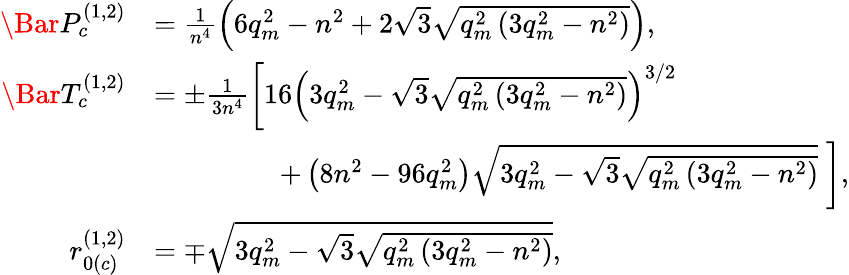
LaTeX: \begin{array}{rl}{\Bar{P}_{c}^{(1,2)}}&{=\frac{1}{n^{4}}\left(6q_{m}^{2}-n^{2}+2\sqrt{3}\sqrt{q_{m}^{2}\left(3q_{m}^{2}-n^{2}\right)}\right),}\\ {\Bar{T}_{c}^{(1,2)}}&{=\pm\frac{1}{3n^{4}}\left[16\left(3q_{m}^{2}-\sqrt{3}\sqrt{q_{m}^{2}\left(3q_{m}^{2}-n^{2}\right)}\right)^{3/2}\right.}\\ &{\; \; \; \; \; \; \; \; \; \; \; \; \; \; \; \; \left.+\left(8n^{2}-96q_{m}^{2}\right)\sqrt{3q_{m}^{2}-\sqrt{3}\sqrt{q_{m}^{2}\left(3q_{m}^{2}-n^{2}\right)}}\; \right],}\\ {r_{0(c)}^{(1,2)}}&{=\mp{\sqrt{3q_{m}^{2}-\sqrt{3}\sqrt{q_{m}^{2}\left(3q_{m}^{2}-n^{2}\right)}}},}\end{array}